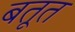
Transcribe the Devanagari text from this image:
बतूत